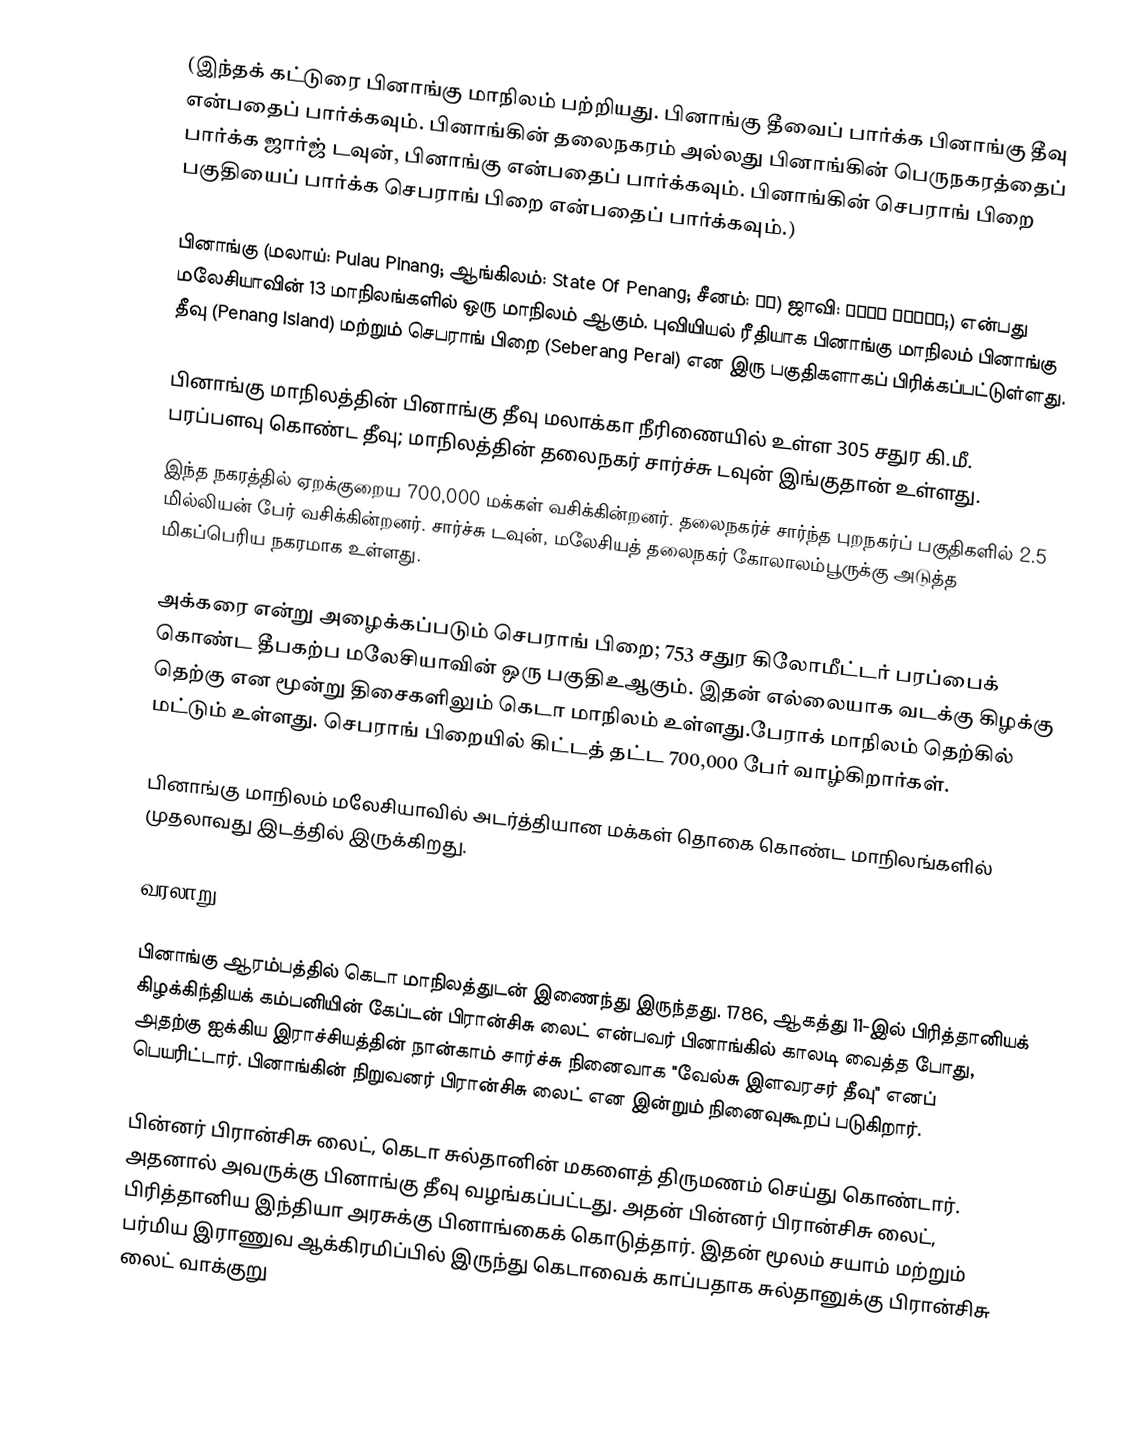
(இந்தக் கட்டுரை பினாங்கு மாநிலம் பற்றியது. பினாங்கு தீவைப் பார்க்க பினாங்கு தீவு என்பதைப் பார்க்கவும். பினாங்கின் தலைநகரம் அல்லது பினாங்கின் பெருநகரத்தைப் பார்க்க ஜார்ஜ் டவுன், பினாங்கு என்பதைப் பார்க்கவும். பினாங்கின் செபராங் பிறை பகுதியைப் பார்க்க செபராங் பிறை என்பதைப் பார்க்கவும்.)

பினாங்கு (மலாய்: Pulau Pinang; ஆங்கிலம்: State Of Penang; சீனம்: 槟城) ஜாவி: ڤولاو ڤينڠ;) என்பது மலேசியாவின் 13 மாநிலங்களில் ஒரு மாநிலம் ஆகும். புவியியல் ரீதியாக பினாங்கு மாநிலம் பினாங்கு தீவு (Penang Island) மற்றும் செபராங் பிறை (Seberang Perai) என இரு பகுதிகளாகப் பிரிக்கப்பட்டுள்ளது.

பினாங்கு மாநிலத்தின் பினாங்கு தீவு மலாக்கா நீரிணையில் உள்ள 305 சதுர கி.மீ. பரப்பளவு கொண்ட தீவு; மாநிலத்தின் தலைநகர் சார்ச்சு டவுன் இங்குதான் உள்ளது.
இந்த நகரத்தில் ஏறக்குறைய 700,000 மக்கள் வசிக்கின்றனர். தலைநகர்ச் சார்ந்த புறநகர்ப் பகுதிகளில் 2.5 மில்லியன் பேர் வசிக்கின்றனர். சார்ச்சு டவுன், மலேசியத் தலைநகர் கோலாலம்பூருக்கு அடுத்த மிகப்பெரிய நகரமாக உள்ளது.

அக்கரை என்று அழைக்கப்படும் செபராங் பிறை; 753 சதுர கிலோமீட்டர் பரப்பைக் கொண்ட தீபகற்ப மலேசியாவின் ஒரு பகுதிஉஆகும். இதன் எல்லையாக வடக்கு கிழக்கு தெற்கு என மூன்று திசைகளிலும் கெடா மாநிலம் உள்ளது.பேராக் மாநிலம் தெற்கில் மட்டும் உள்ளது. செபராங் பிறையில் கிட்டத் தட்ட 700,000 பேர் வாழ்கிறார்கள்.

பினாங்கு மாநிலம் மலேசியாவில் அடர்த்தியான மக்கள் தொகை கொண்ட மாநிலங்களில் முதலாவது இடத்தில் இருக்கிறது.

வரலாறு

பினாங்கு ஆரம்பத்தில் கெடா மாநிலத்துடன் இணைந்து இருந்தது. 1786, ஆகத்து 11-இல் பிரித்தானியக் கிழக்கிந்தியக் கம்பனியின் கேப்டன் பிரான்சிசு லைட் என்பவர் பினாங்கில் காலடி வைத்த போது, அதற்கு ஐக்கிய இராச்சியத்தின் நான்காம் சார்ச்சு நினைவாக "வேல்சு இளவரசர் தீவு" எனப் பெயரிட்டார். பினாங்கின் நிறுவனர் பிரான்சிசு லைட் என இன்றும் நினைவுகூறப் படுகிறார்.

பின்னர் பிரான்சிசு லைட், கெடா சுல்தானின் மகளைத் திருமணம் செய்து கொண்டார். அதனால் அவருக்கு பினாங்கு தீவு வழங்கப்பட்டது. அதன் பின்னர் பிரான்சிசு லைட், பிரித்தானிய இந்தியா அரசுக்கு பினாங்கைக் கொடுத்தார். இதன் மூலம் சயாம் மற்றும் பர்மிய இராணுவ ஆக்கிரமிப்பில் இருந்து கெடாவைக் காப்பதாக சுல்தானுக்கு பிரான்சிசு லைட் வாக்குறு